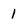
Character: 1